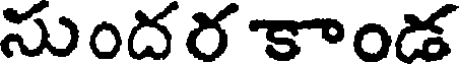
సుందర కాండ